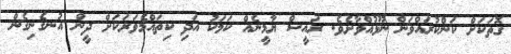
ގޮތަކަށް ކަންކުރައްވަން ނޫޅުއްވާށެވެ. ރައީސް ޔާމީނެއް ކަމަކު އަދި ކިތައްމެވަރަކަށް ދީން އުނގެނިގެން